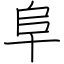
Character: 阜